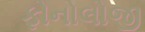
ફોનોલોજી